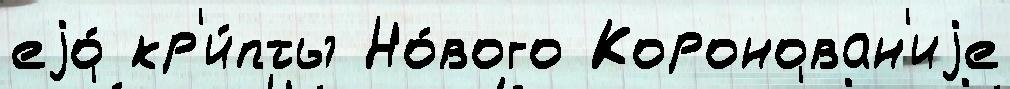
еjо́ кр'и́пты Но́вого Коронован'иjе